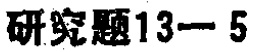
研究题13−5